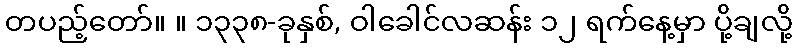
တပည့်တော်။ ။ ၁၃၃၈-ခုနှစ်, ဝါခေါင်လဆန်း ၁၂ ရက်နေ့မှာ ပို့ချလို့